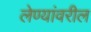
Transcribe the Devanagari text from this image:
लेण्यांवरील